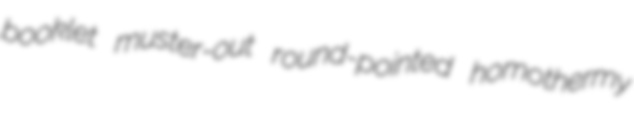
booklet muster-out round-pointed homothermy